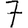
Digit: 7